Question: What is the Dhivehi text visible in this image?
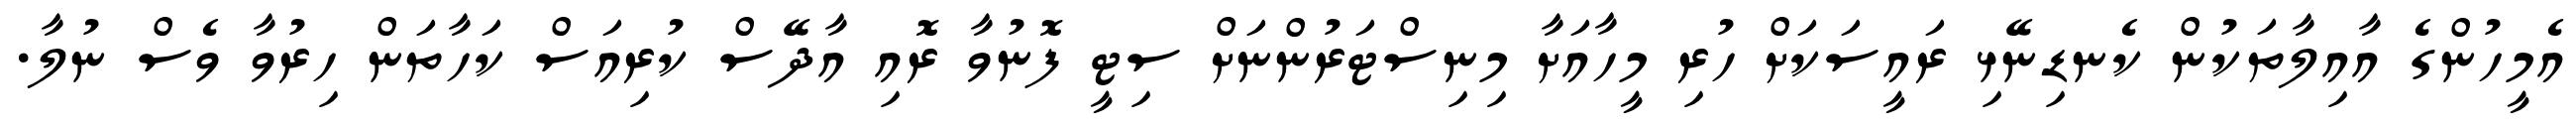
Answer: އެމީހުންގެ އާއިލާތަކުން ކެނޑިނޭޅި ރައީސަކަށް ހުރި މީހާއަށާ މިނިސްޓަރުންނަށް ސިޓީ ފޮނުވާ ރޮއި އާދޭސް ކުރިއަސް ކަހާތަން ހިރުވާ ވެސް ނުލާ.